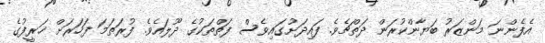
އެފެންނަ މަންޒަރު ބަޔާންކުރަން ދަތްޗެވެ. ފައިދަށުގައިވެސް ފަތްތަކުގެ ދޫލައެވެ. ފުރަތަމަ ފަހަރަށް ޚަރީފުގެ